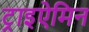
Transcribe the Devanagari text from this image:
ट्राइऐमिन